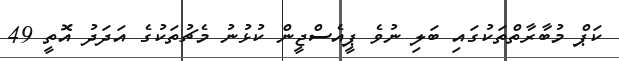
ކަޕް މުބާރާތްތަކުގައި ބަލި ނުވެ ޕީއެސްޖީން ކުޅުނު މެޗުތަކުގެ އަދަދު އޮތީ 49